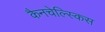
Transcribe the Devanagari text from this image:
कैनचेल्स्किस